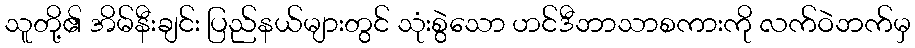
သူတို့၏ အိမ်နီးချင်း ပြည်နယ်များတွင် သုံးစွဲသော ဟင်ဒီဘာသာစကားကို လက်ဝဲဘက်မှ